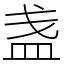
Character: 盏